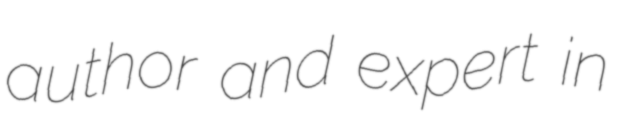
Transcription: author and expert in